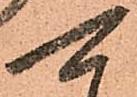
可